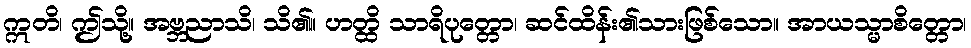
ဣတိ၊ ဤသို့။ အဗ္ဘညာသိ၊ သိ၏။ ဟတ္ထိ သာရိပုတ္တော၊ ဆင်ထိန်း၏သားဖြစ်သော။ အာယသ္မာစိတ္တော၊